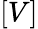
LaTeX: \left[V\right]